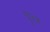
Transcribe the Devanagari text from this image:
घुज्ज़